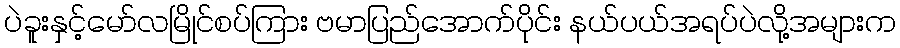
ပဲခူးနှင့်မော်လမြိုင်စပ်ကြား ဗမာပြည်အောက်ပိုင်း နယ်ပယ်အရပ်ပဲလို့အများက